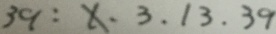
3 9 : x . 3 . 1 3 . 3 9